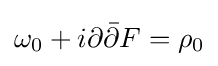
\omega _{0}+i\partial {\bar {\partial }}F=\rho _{0}